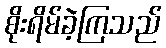
စိုးရိမ်ခဲ့ကြသည်